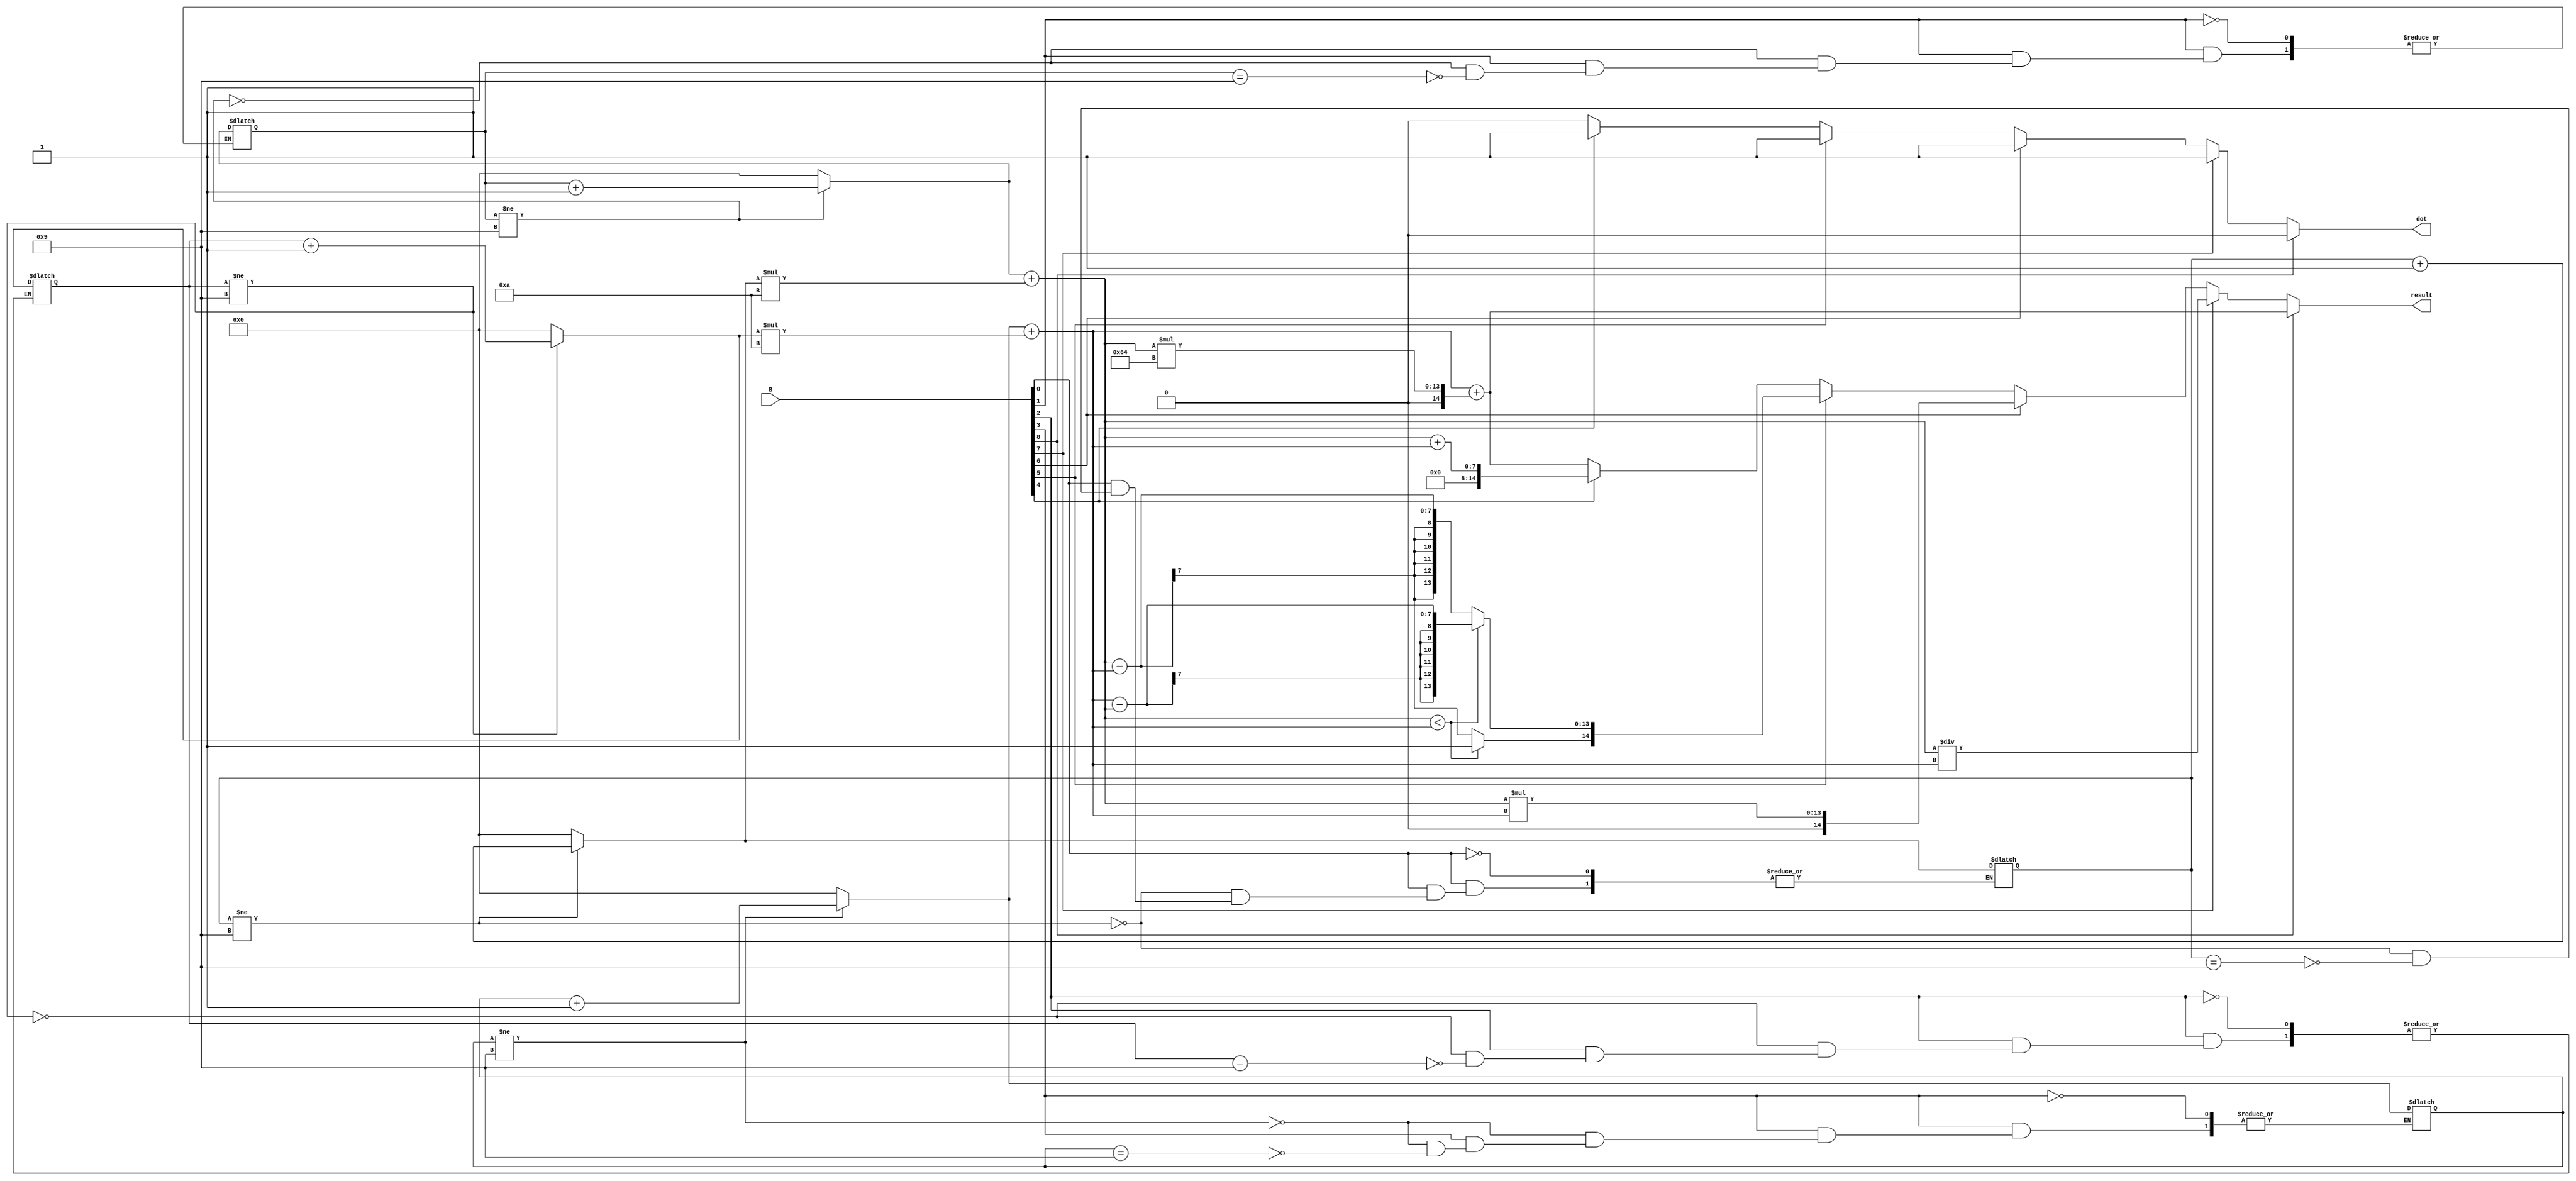
module calc(input [8:0]B, output reg [14:0] result, output reg dot);
genvar i;
reg [3:0] Digit1 = 4'b0000;
reg [3:0] Digit2 = 4'b0000;
reg [3:0] Digit3 = 4'b0000;
reg [3:0] Digit4 = 4'b0000;

reg [6:0]firstpart;
reg [6:0]secondpart;

always @ (B)
begin
if(B[0] == 1'b1)
begin 
if (Digit1 != 4'd9)
begin
Digit1 = Digit1 + 4'd1;
end
else if (Digit1 == 4'd9)
begin
Digit1 = 4'd0;
end
end

if(B[1] == 1'b1)
begin 
if (Digit2 != 4'd9)
begin
Digit2 = Digit2 + 4'd1;
end
else if (Digit2 == 4'd9)
begin
Digit2 = 4'd0;
end
end

if(B[2] == 1'b1)
begin 
if (Digit3 != 4'd9)
begin
Digit3 = Digit3 + 4'd1;
end
else if (Digit3 == 4'd9)
begin
Digit3 = 4'd0;
end
end

if(B[3] == 1'b1)
begin 
if (Digit4 != 4'd9)
begin
Digit4 = Digit4 + 4'd1;
end
else if (Digit4 == 4'd9)
begin
Digit4 = 4'd0;
end
end
firstpart = Digit2 + (Digit1 * 4'b1010);
secondpart = Digit4 + (Digit3 *4'b1010);
result = secondpart + (firstpart *7'b1100100);
dot = 0;

if (B[4] == 1'b1)
begin
result = firstpart + secondpart;
dot = 1;
end

if (B[5] == 1'b1)
begin
dot = 1;
if(firstpart < secondpart) begin
result = (secondpart - firstpart);
result[14] = 1'b1;
end
else
begin
result = firstpart - secondpart;
end
end

if (B[6] == 1'b1)
begin
dot = 1;
result = firstpart * secondpart;
end

if (B[7] == 1'b1)
begin
dot = 1;
result = firstpart / secondpart;
end


if(B[8] == 1'b1)
begin
dot = 0;
result = secondpart + (firstpart *7'b1100100);
end
end

endmodule